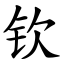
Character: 钦